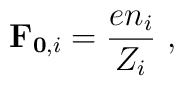
\mathbf{F}_{\mathbf{0},i} = \frac{e n_i}{Z_i}\ ,